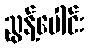
ညွန့်ပေါင်း